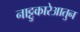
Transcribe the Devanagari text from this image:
नाट्टुकारेआतुन